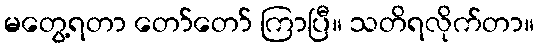
မတွေ့ရတာ တော်တော် ကြာပြီ။ သတိရလိုက်တာ။